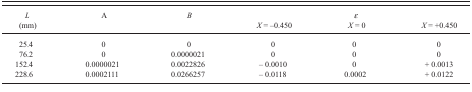
<table><thead><tr><td><b><i>L</i> (mm)</b></td><td><b>A</b></td><td><b><i>B</i></b></td><td><b><i>X</i> = −0.450</b></td><td><b><i>ε</i><i>X</i> = 0</b></td><td><b><i>X</i> = +0.450</b></td></tr></thead><tbody><tr><td>25.4</td><td>0</td><td>0</td><td>0</td><td>0</td><td>0</td></tr><tr><td>76.2</td><td>0</td><td>0.0000021</td><td>0</td><td>0</td><td>0</td></tr><tr><td>152.4</td><td>0.0000021</td><td>0.0022826</td><td>−0.0010</td><td>0</td><td>+0.0013</td></tr><tr><td>228.6</td><td>0.0002111</td><td>0.0266257</td><td>−0.0118</td><td>0.0002</td><td>+0.0122</td></tr></tbody></table>